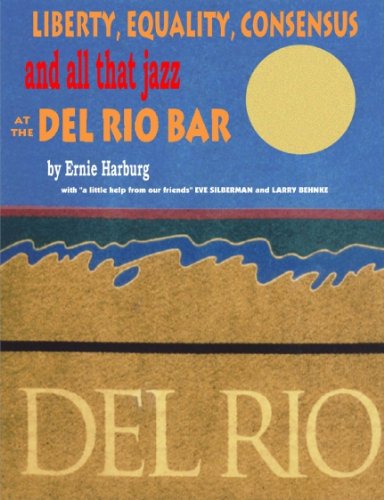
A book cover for Liberty Equality, Consensus and All That Jazz at the del Rio Bar; Ernest Harburg; Travel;